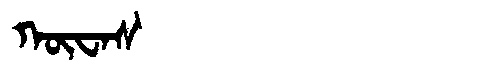
Manchu: ᡴᡡᠸᠠᠰ
Romanization: KŪWAS